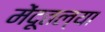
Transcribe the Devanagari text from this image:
मेंदूतल्या